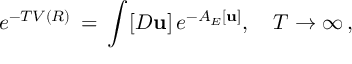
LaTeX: e ^ { - T V ( R ) } \, = \, \int _ { } ^ { } [ D { \bf u } ] \, e ^ { - { \cal A } _ { E } [ { \bf u } ] } , \quad T \to \infty \, { , }